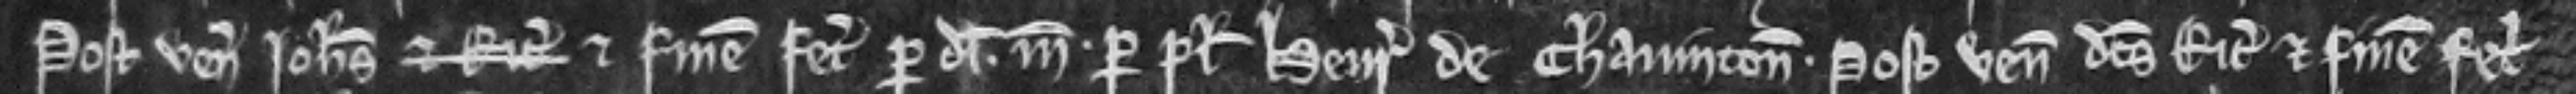
Postea venit Johannes et finem fecit per dimidiam. marcam per plegium Henrici de Chavinton. Postea venit dictus Ricardus et finem fecit